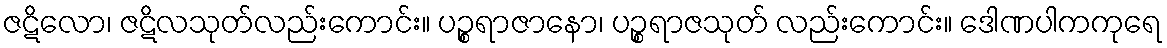
ဇဋိလော၊ ဇဋိလသုတ်လည်းကောင်း။ ပဉ္စရာဇာနော၊ ပဉ္စရာဇသုတ် လည်းကောင်း။ ဒေါဏပါကကုရေ